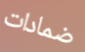
ضمادات